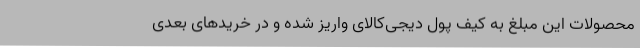
محصولات این مبلغ به کیف پول دیجی‌کالای واریز شده و در خریدهای بعدی